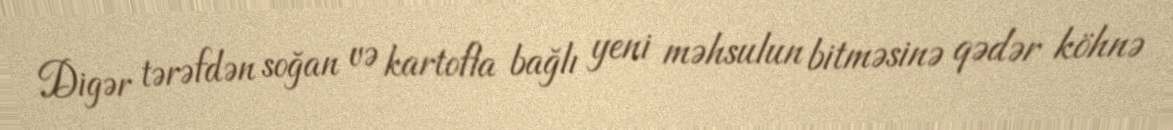
Digər tərəfdən soğan və kartofla bağlı yeni məhsulun bitməsinə qədər köhnə